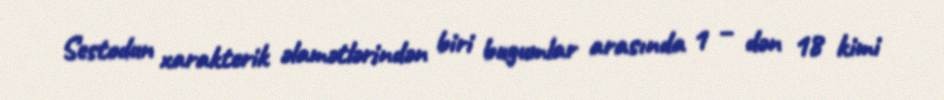
Sestodun xarakterik əlamətlərindən biri bugumlar arasında 1 – dən 18 kimi